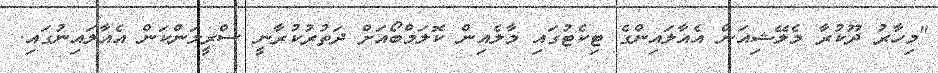
"މިހާރު ދޫކުރާ މެލޭޝިއަން އެއާލައިންގެ ޓިކެޓުގައި މާލެއިން ކޮލަމްބޯއަށް ދަތުރުކުރާނީ ސްރީލަންކަން އެއާލައިނުގައި.